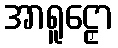
အာရူဠှော